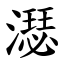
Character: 濏